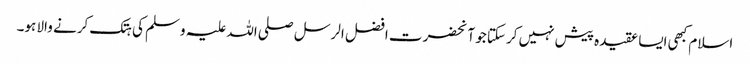
اسلام کبھی ایسا عقیدہ پیش نہیں کرسکتا جو آنحضرت افضل الرسل صلی اللہ علیہ وسلم کی ہتک کرنے والا ہو۔